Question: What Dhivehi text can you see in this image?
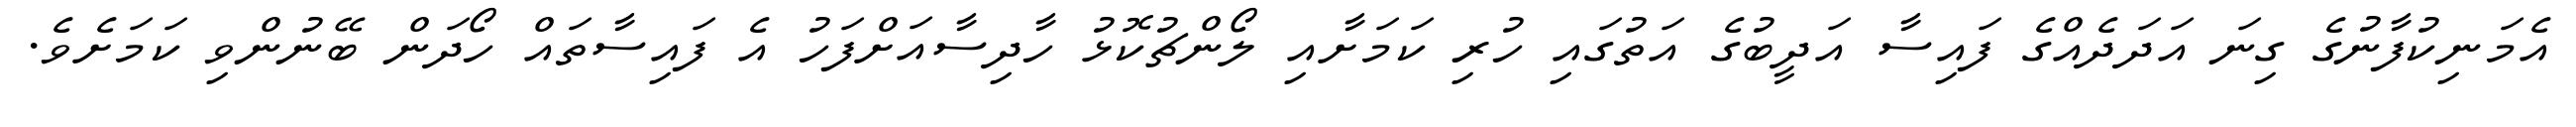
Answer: އެމަނިކުފާނުގެ ގިނަ އަދަދެއްގެ ފައިސާ އަދީބުގެ އަތުގައި ހުރި ކަމަށާއި ލޯންޗުކޮޅު ހާދިސާއަށްފަހު އެ ފައިސާތައް ހޯދަން ބޭނުންވި ކަމަށެވެ.